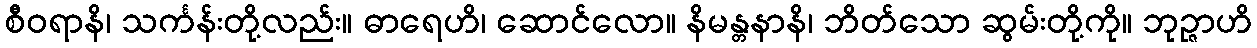
စီဝရာနိ၊ သင်္ကန်းတို့လည်း။ ဓာရေဟိ၊ ဆောင်လော။ နိမန္တနာနိ၊ ဘိတ်သော ဆွမ်းတို့ကို။ ဘုဉ္ဇာဟိ